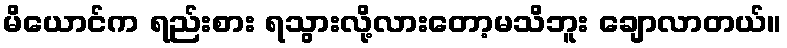
မိယောင်က ရည်းစား ရသွားလို့လားတော့မသိဘူး ချောလာတယ်။